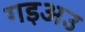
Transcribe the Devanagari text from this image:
गइअउ